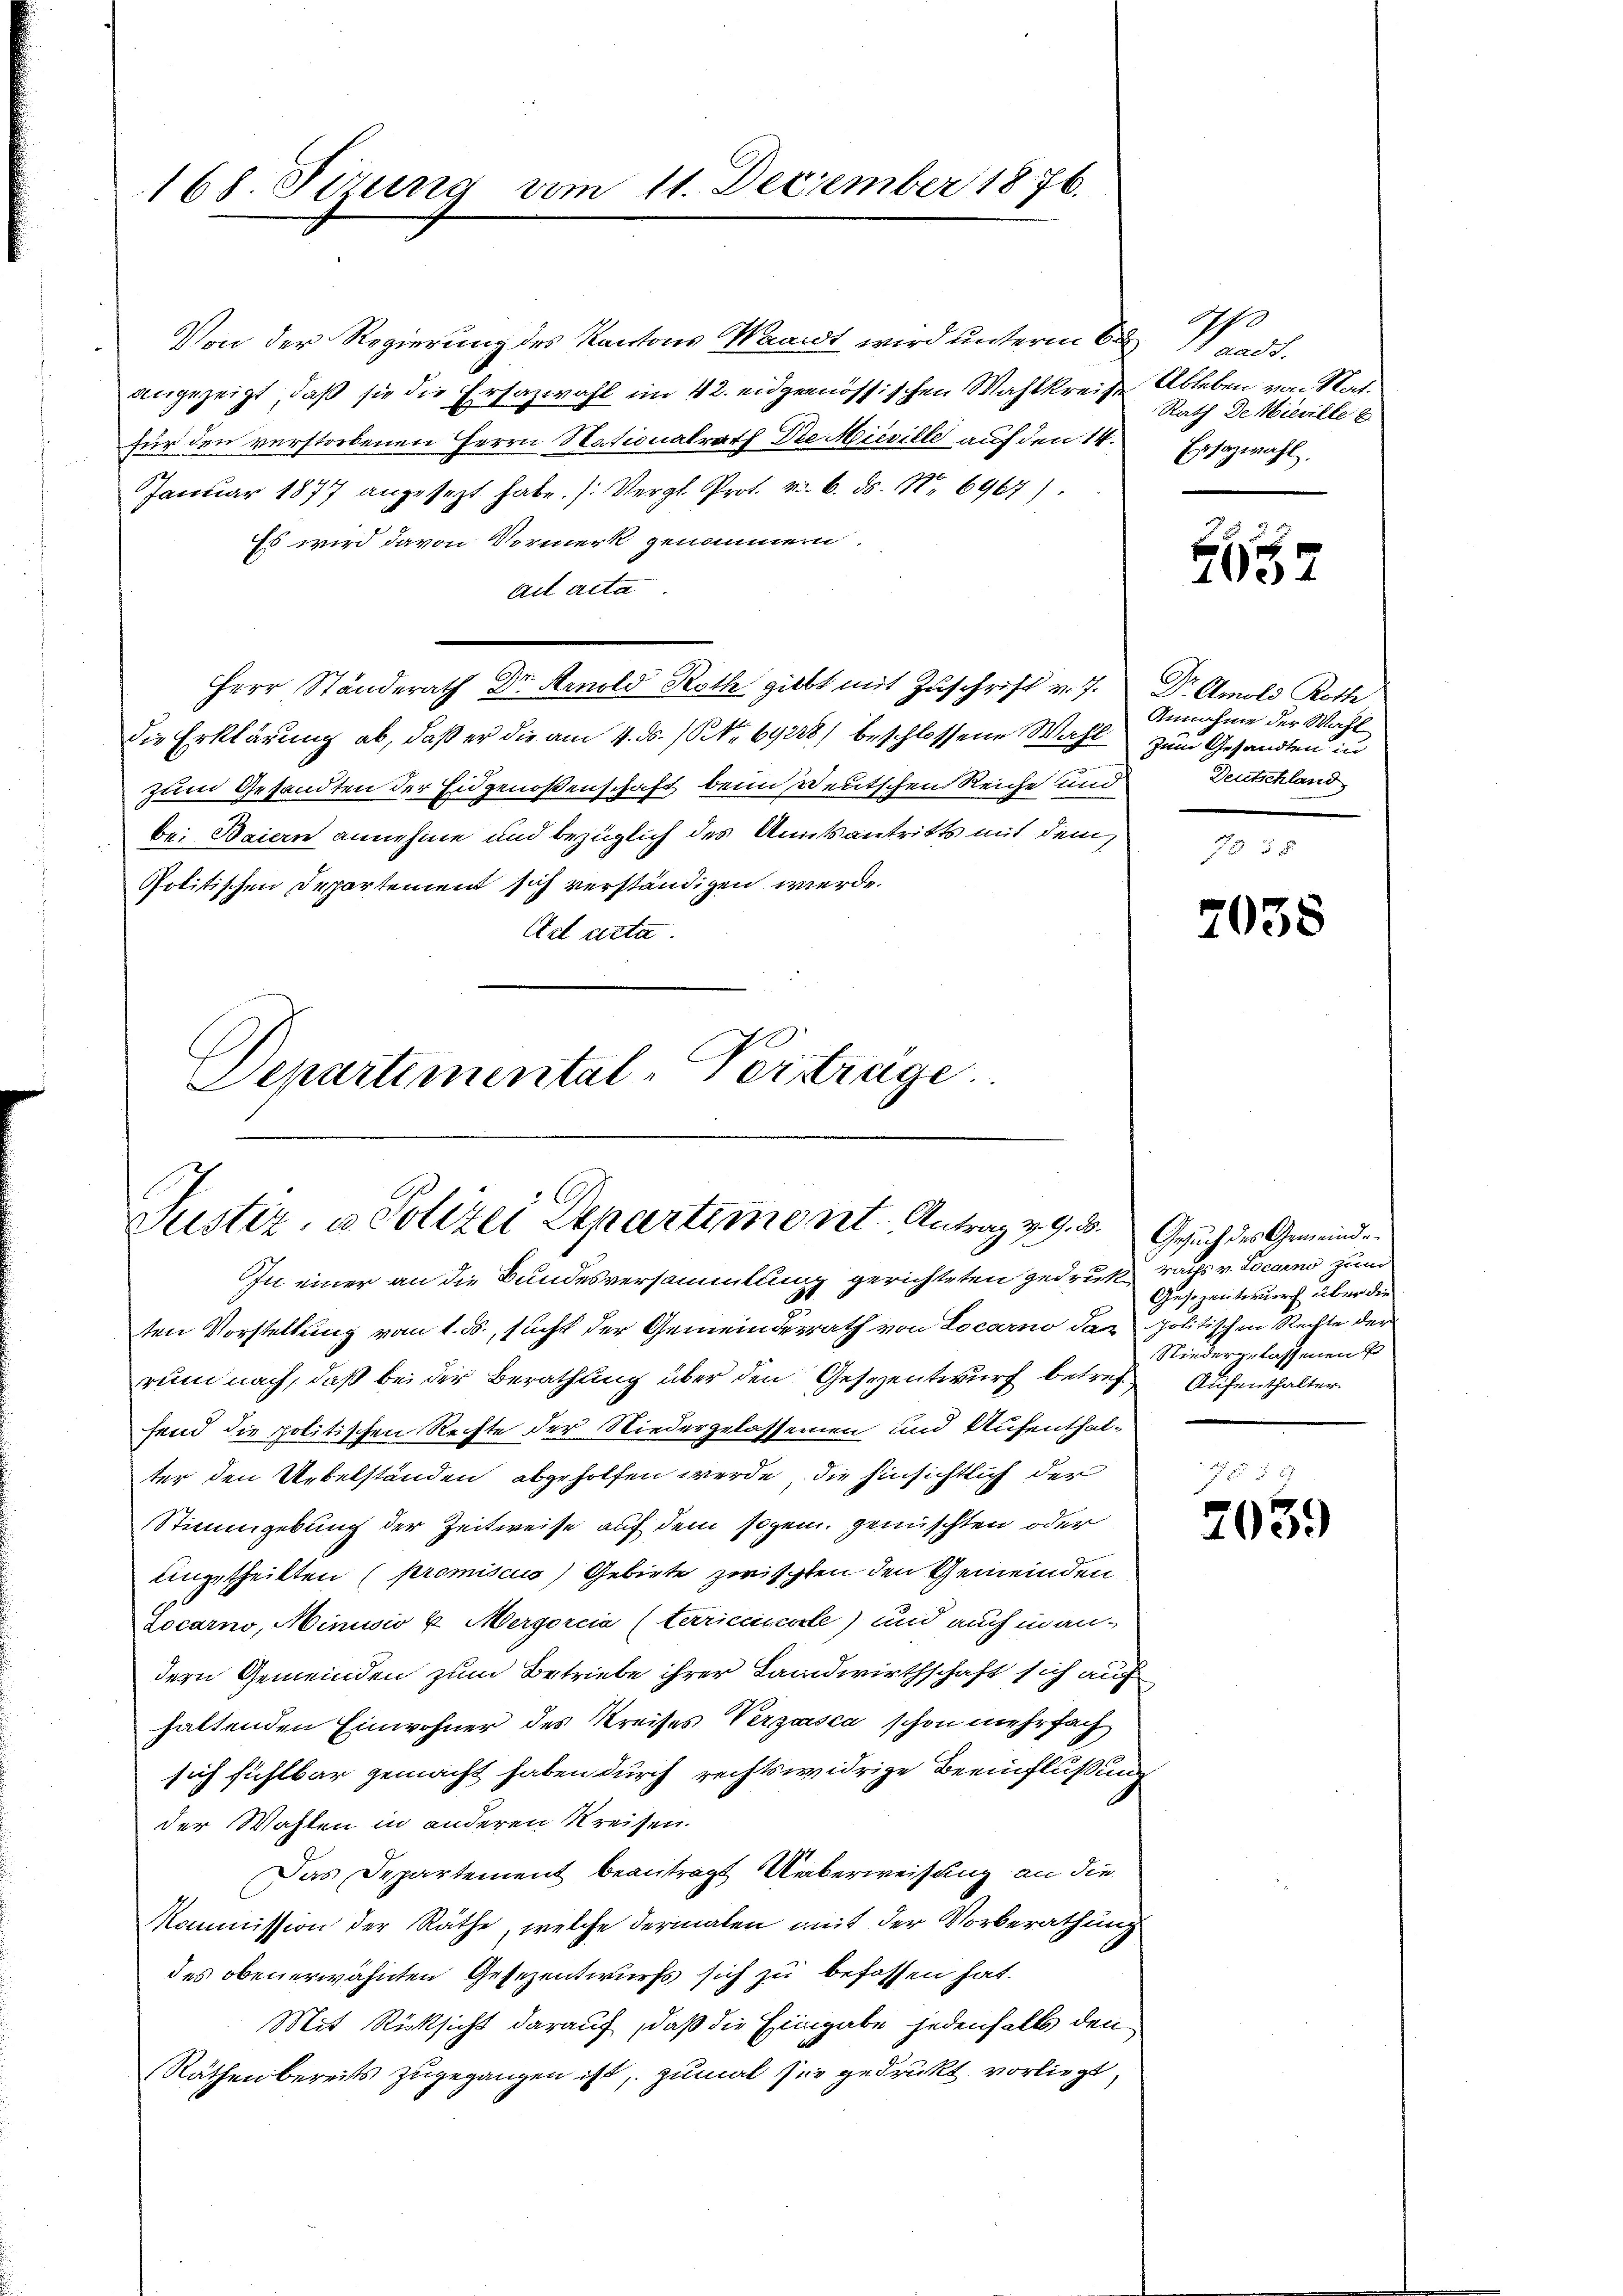
168. Sizung vom 11. December 1876.

Von der Regierung des Kantons Waadt wird unterm 6ten Stadt.
angezeigt, daß sie die Ersazwahl im 42. eidgenössischen Wahlkreiste
für den verstorbenen Herrn Nationalrath Die Mieville auf den 14.
Januar 1877 angesezt habe. (Vergl. Prot. 26. ds. Nr. 6967).
Es wird davon Vormerk genommen.
Alt Acte |
Herr Ständerath Dr. Arnold Roth giebt mit Zuschrift v. 7. Dr. Amold Roth
die Erklärung ab, daß er die am 4. ds. (No 69228) beschlossene Wahl zum Gesandten in
zum Gesandten der Eidgenoßenschaft beim Deutschen Reiche und Deutschland
be: Baiern annehme und bezüglich des Amtsantritts mit dem
Politischen Departement sich verständigen werde.
Ad acta
Departimental-Vertrage.

Puster, u. Polizei Departement. Antrag v. 9. d.

In einer an die Bundesversammlung gerichteten gedruk rächs v. Locarno zum
ten Vorstellung vom 1. ds., sucht der Gemeindesrath von Locarno das politischen Rechte der
rum nach, daß bei der Berathung über den Geseentwurf betref Aufenthalter
fend die politischen Rechte der Niedergelassenen und Aufenthalter den Uebelständen abgeholfen werde, die hinsichtlich der
Stimmgebung der Zeitweise auf dem sogen. gemischten oder
Angetheilten (promiscus) Gebiete zwischten den Gemeinden
Locarno, Minusio u. Mergorcia (terriccicorle) und auch in an-
dern Gemeinden zum Betriebe ihrer Landwirthschaft sich auf
haltenden Einwohner des Kreises Verzasca schon mehrfach
sich sichtbar gemacht haben durch rechtswidrige Beeinflußung
der Wahlen in anderen Kreisen.
Das Departement beantragt Ueberweisung an die
Kommission der Räthe, welche dermalen mit der Vorberathung
des obenerwähnten Gesezentwurfs sich zu befassen hat.
Mit Rücksicht darauf, daß die Eingabe jedenfalls den
Räthen bereits zugegangen ist, zumal sie gedruckt vorliegt,

Ableben von Stat.
Rath de Mieville E
Ersazwahl.

2657

Annahme der Wahl

7038

Gesuch des Gemeinde
Gesezentwurf über die
Niederzulassenen

2039